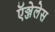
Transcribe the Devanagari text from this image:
ऍञ्जेलेस